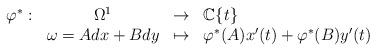
LaTeX: \begin{align*}\begin{array}{cccl}\varphi^* : & \Omega^1 & \rightarrow & \mathbb{C}\{t\} \\& \omega=Adx+Bdy & \mapsto & \varphi^*(A)x'(t)+\varphi^*(B)y'(t)\end{array}\end{align*}